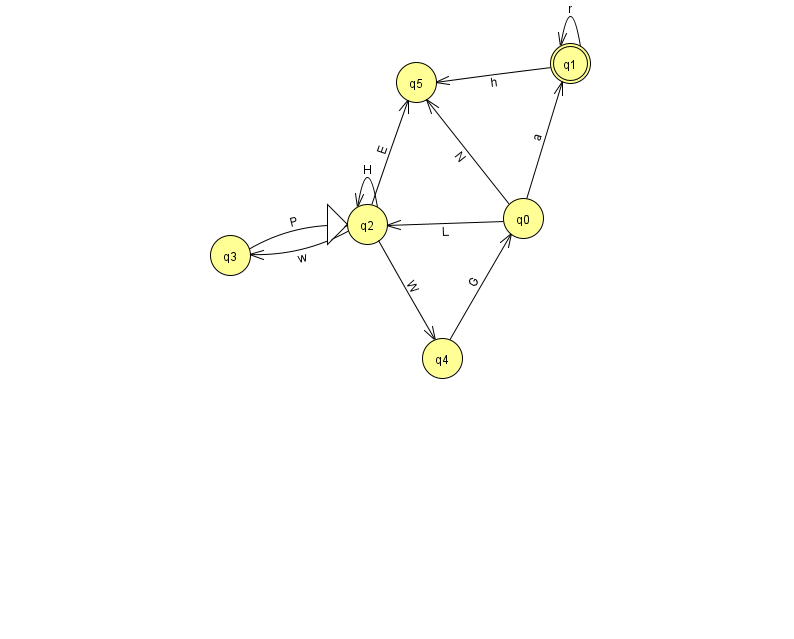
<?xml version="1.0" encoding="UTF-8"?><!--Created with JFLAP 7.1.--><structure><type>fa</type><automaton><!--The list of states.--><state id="0" name="q0"><x>523.0</x><y>205.0</y></state><state id="1" name="q1"><x>570.0</x><y>50.0</y><final/></state><state id="2" name="q2"><x>367.0</x><y>211.0</y><initial/></state><state id="3" name="q3"><x>230.0</x><y>242.0</y></state><state id="4" name="q4"><x>442.0</x><y>345.0</y></state><state id="5" name="q5"><x>416.0</x><y>69.0</y></state><!--The list of transitions.--><transition><from>1</from><to>5</to><read>h</read></transition><transition><from>1</from><to>1</to><read>r</read></transition><transition><from>0</from><to>5</to><read>N</read></transition><transition><from>0</from><to>1</to><read>a</read></transition><transition><from>2</from><to>2</to><read>H</read></transition><transition><from>2</from><to>5</to><read>E</read></transition><transition><from>3</from><to>2</to><read>P</read></transition><transition><from>4</from><to>0</to><read>G</read></transition><transition><from>2</from><to>4</to><read>W</read></transition><transition><from>0</from><to>2</to><read>L</read></transition><transition><from>2</from><to>3</to><read>w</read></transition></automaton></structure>